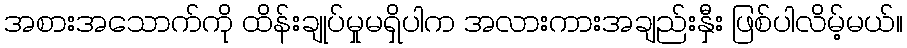
အစားအသောက်ကို ထိန်းချုပ်မှုမရှိပါက အလားကားအချည်းနှီး ဖြစ်ပါလိမ့်မယ်။